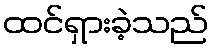
ထင်ရှားခဲ့သည်